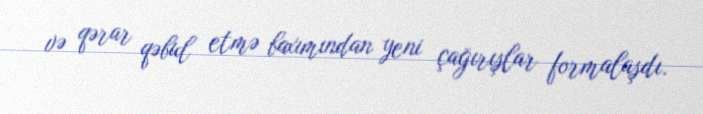
və qərar qəbul etmə baxımından yeni çağırışlar formalaşdı.